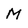
Character: M